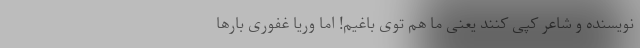
نویسنده و شاعر کپی کنند یعنی ما هم توی باغیم! اما وریا غفوری بارها